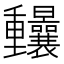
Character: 𨤼